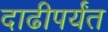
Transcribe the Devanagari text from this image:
दाढीपर्यंत